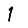
Digit: 1